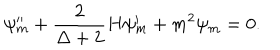
\psi _ { m } ^ { \prime \prime } + \frac { 2 } { \Delta + 2 } H \psi _ { m } ^ { \prime } + m ^ { 2 } \psi _ { m } = 0 .